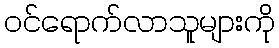
ဝင်ရောက်လာသူများကို